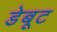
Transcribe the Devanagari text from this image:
डेबूट